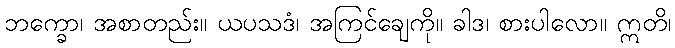
ဘက္ခော၊ အစာတည်း။ ယပသဒံ၊ အကြင်ချေကို။ ခါဒ၊ စားပါလော။ ဣတိ၊